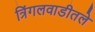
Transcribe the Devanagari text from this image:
त्रिंगलवाडीतले